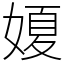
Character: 𡟺